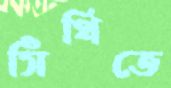
সিঁথিতে